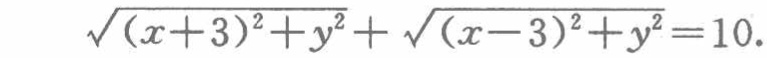
\(\sqrt{(x + 3)^2 + y^2}+\sqrt{(x - 3)^2 + y^2}=10\)